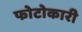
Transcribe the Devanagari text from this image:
फोटोकारी